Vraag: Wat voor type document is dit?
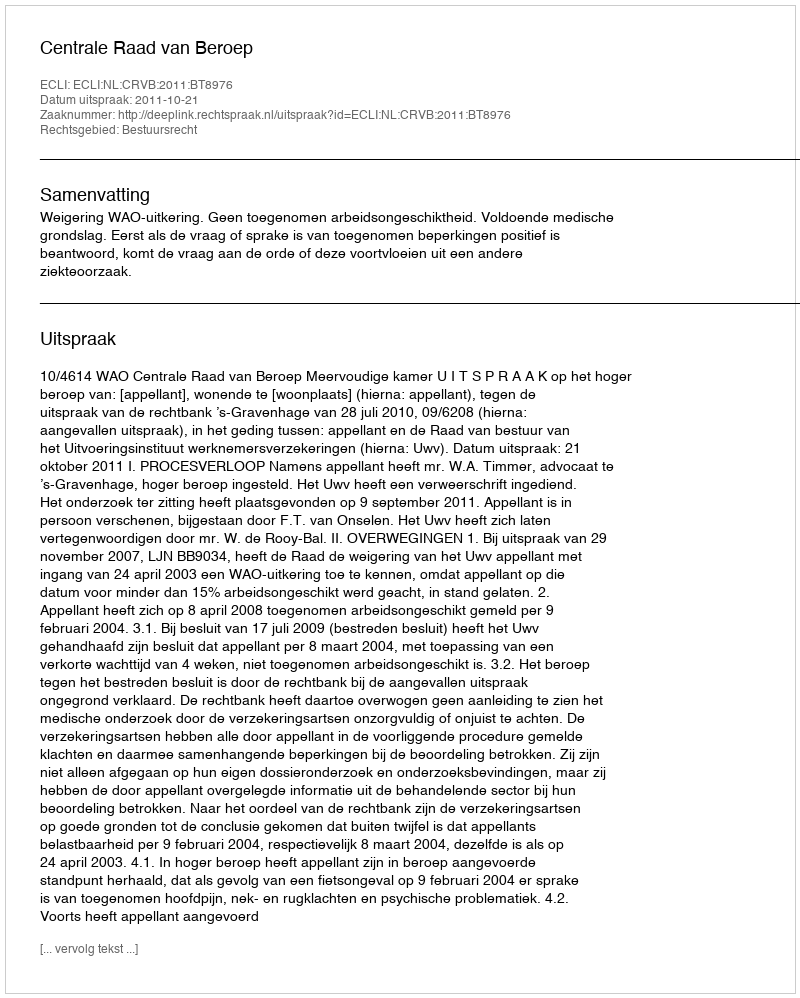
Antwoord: Uitspraak